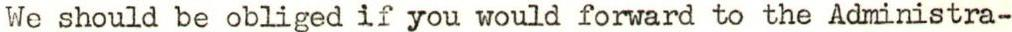
We should be obliged if you would forward to the Administra-